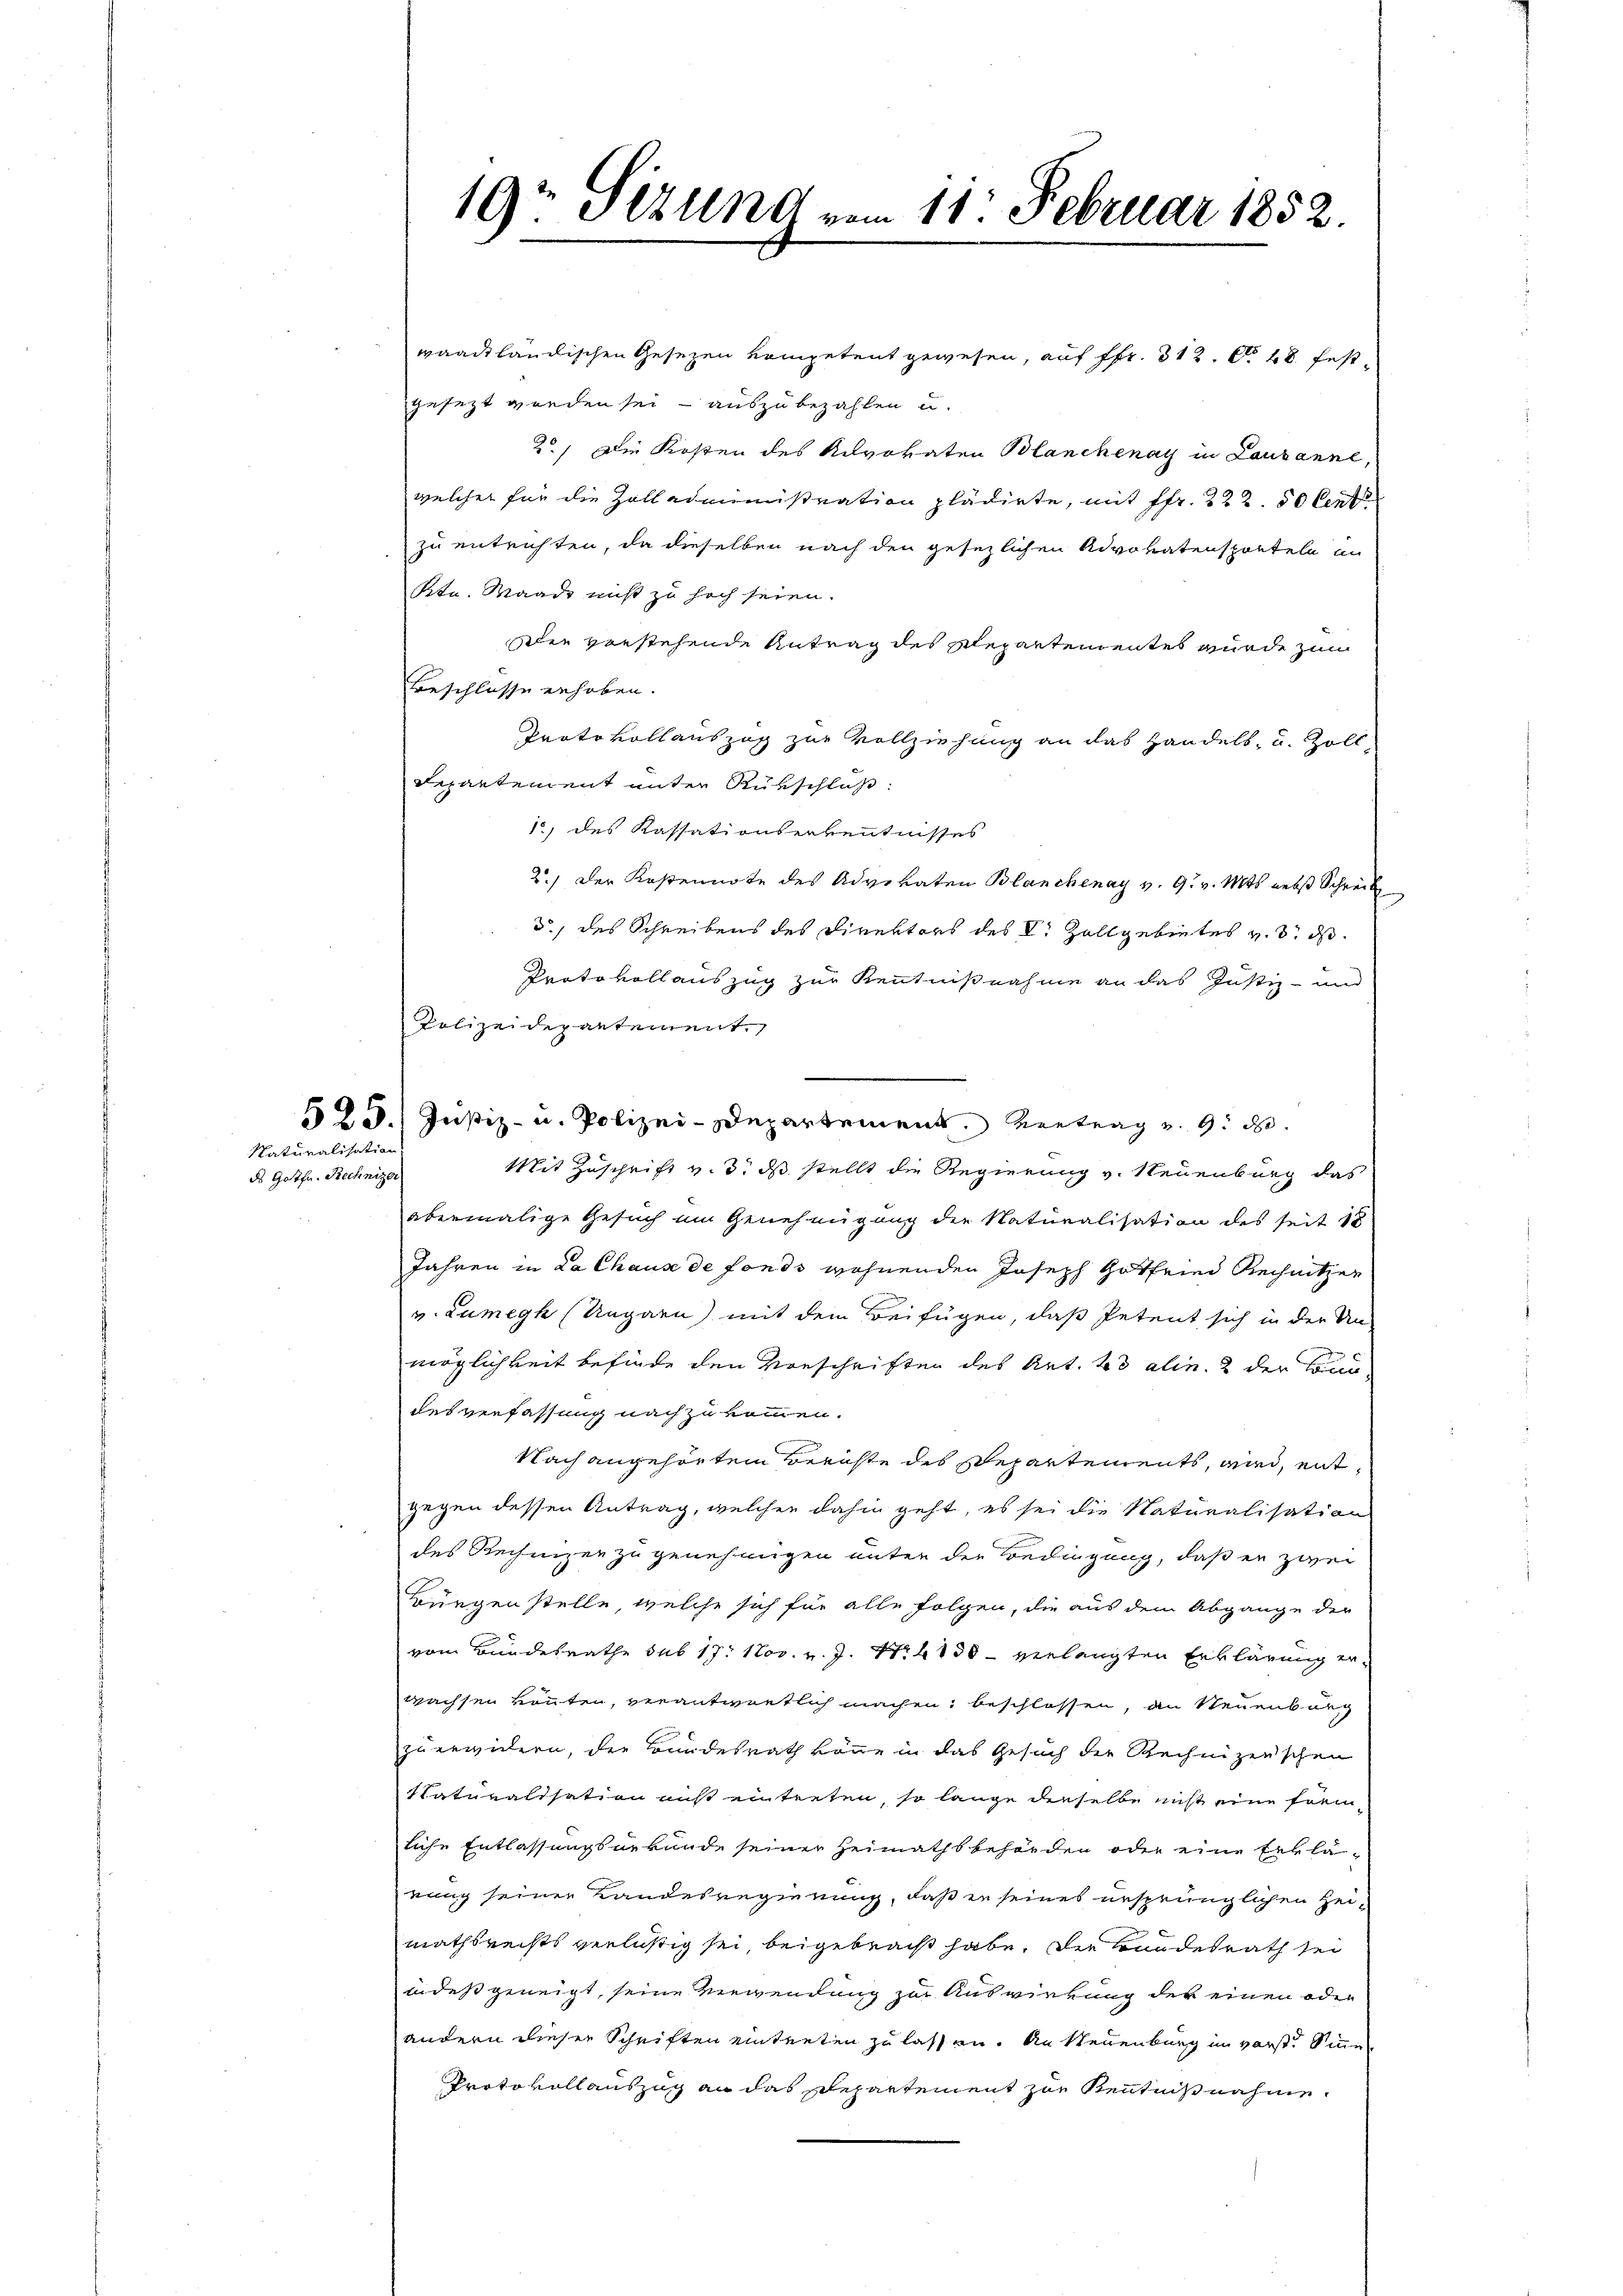
Naturalisation

ds Gotfn. Rechnize

19 Sizung vom 11. Februar 1852.

waackländischen Gesetzen kompetent gewesen, auf Pfr. 312. No. 48 fest-
gesezt worden sei - auszubezahlen u.
2.) Die Kosten des Kilvokaten Blanchenay in Lausanne,
welcher für die Zolladministration pladirte, mit ffr. 222. 50 Cent
zu entrichten, da dieselben nach den gesezlichen Advokatensporteln an
Ktn. Waadt nicht zu hoch seien.
Den vorstehende Antrag des Repartementes wurde zum
Beschlosse erhoben.
Protokollauszug zur Vollziehung an das Handels- u. Zoll-
Repartement unter Rükschluß
1) des Kassationserkenntnisses
2.) Der Kostennote des Advokaten Blanchenay v. 9. v. Mts. nebst Schreibe
d.) des Schreibens des Direktors des C. Zollgebietes v. 3. ds
Protokollauszug zur Kenntnißnahme an das Justiz- und
25. Justiz- u. Polizei-Departement. Vertrag v. 9. d.
Mit Zuschrift v. 3. ds stellt die Regierung v. Neuenburg das
abermalige Gesuch um Genehmigung die Naturalisation des seit 18
Jahren in La Chause de fonds wohnenden Joseph Gotfried Rechnitzen
v. Zumegh (Ungarn mit dem Beifügen, daß Petent sich in der Un-
möglichkeit befinde den Vorschriften des Art. 43 alin. 2 der Landdesverfassung nachzukommen.
Nach angehörtem Berichte des Departements, wird, entgegen dessen Antrag, welchen dahin geht, es sei die Naturalisation
des Rechnizen zu genehmigen unter der Bedingung, daß er zwei
Bürgenstelle, welche sich für alle Folgen, die aus dem Abgange der
vom Bundesrathe sub 17. Nov. v. J. N. 1130 - verlangten Erklärung erwachsen könnten, verantwortlich machen, beschlossen, an Neuenburg
zu erwidern, die Bundesrath könne in das Gesuch der Rechnizerischen
Naturalisation aus eintreten, so lange derselbe nicht eine fremliche Entlassungsurkunde seiner Heimathsbehörden oder eine Erklänung seiner Landesregierung, daß in seines ursprünglichen Zeimathsrechts verlustig sei beigebracht habe. Die Bundesrath sei
indeß geneigt, seine Verwendung zur Auswirkung der einen oder
andern dieser Schriften eintreten zu lassen. An Neuenburg im vorste Sinnen
Protokollauszug an das Departement zur Kenntnißnahme

Polizeidepartement